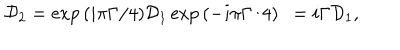
LaTeX: { \cal D } _ { 2 } = \exp { ( i \pi \Gamma / 4 ) } { \cal D } _ { 1 } \exp { ( - i \pi \Gamma / 4 ) } ~ ~ = i { \Gamma } { \cal D } _ { 1 } ,